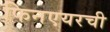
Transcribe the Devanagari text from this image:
फिनएयरची